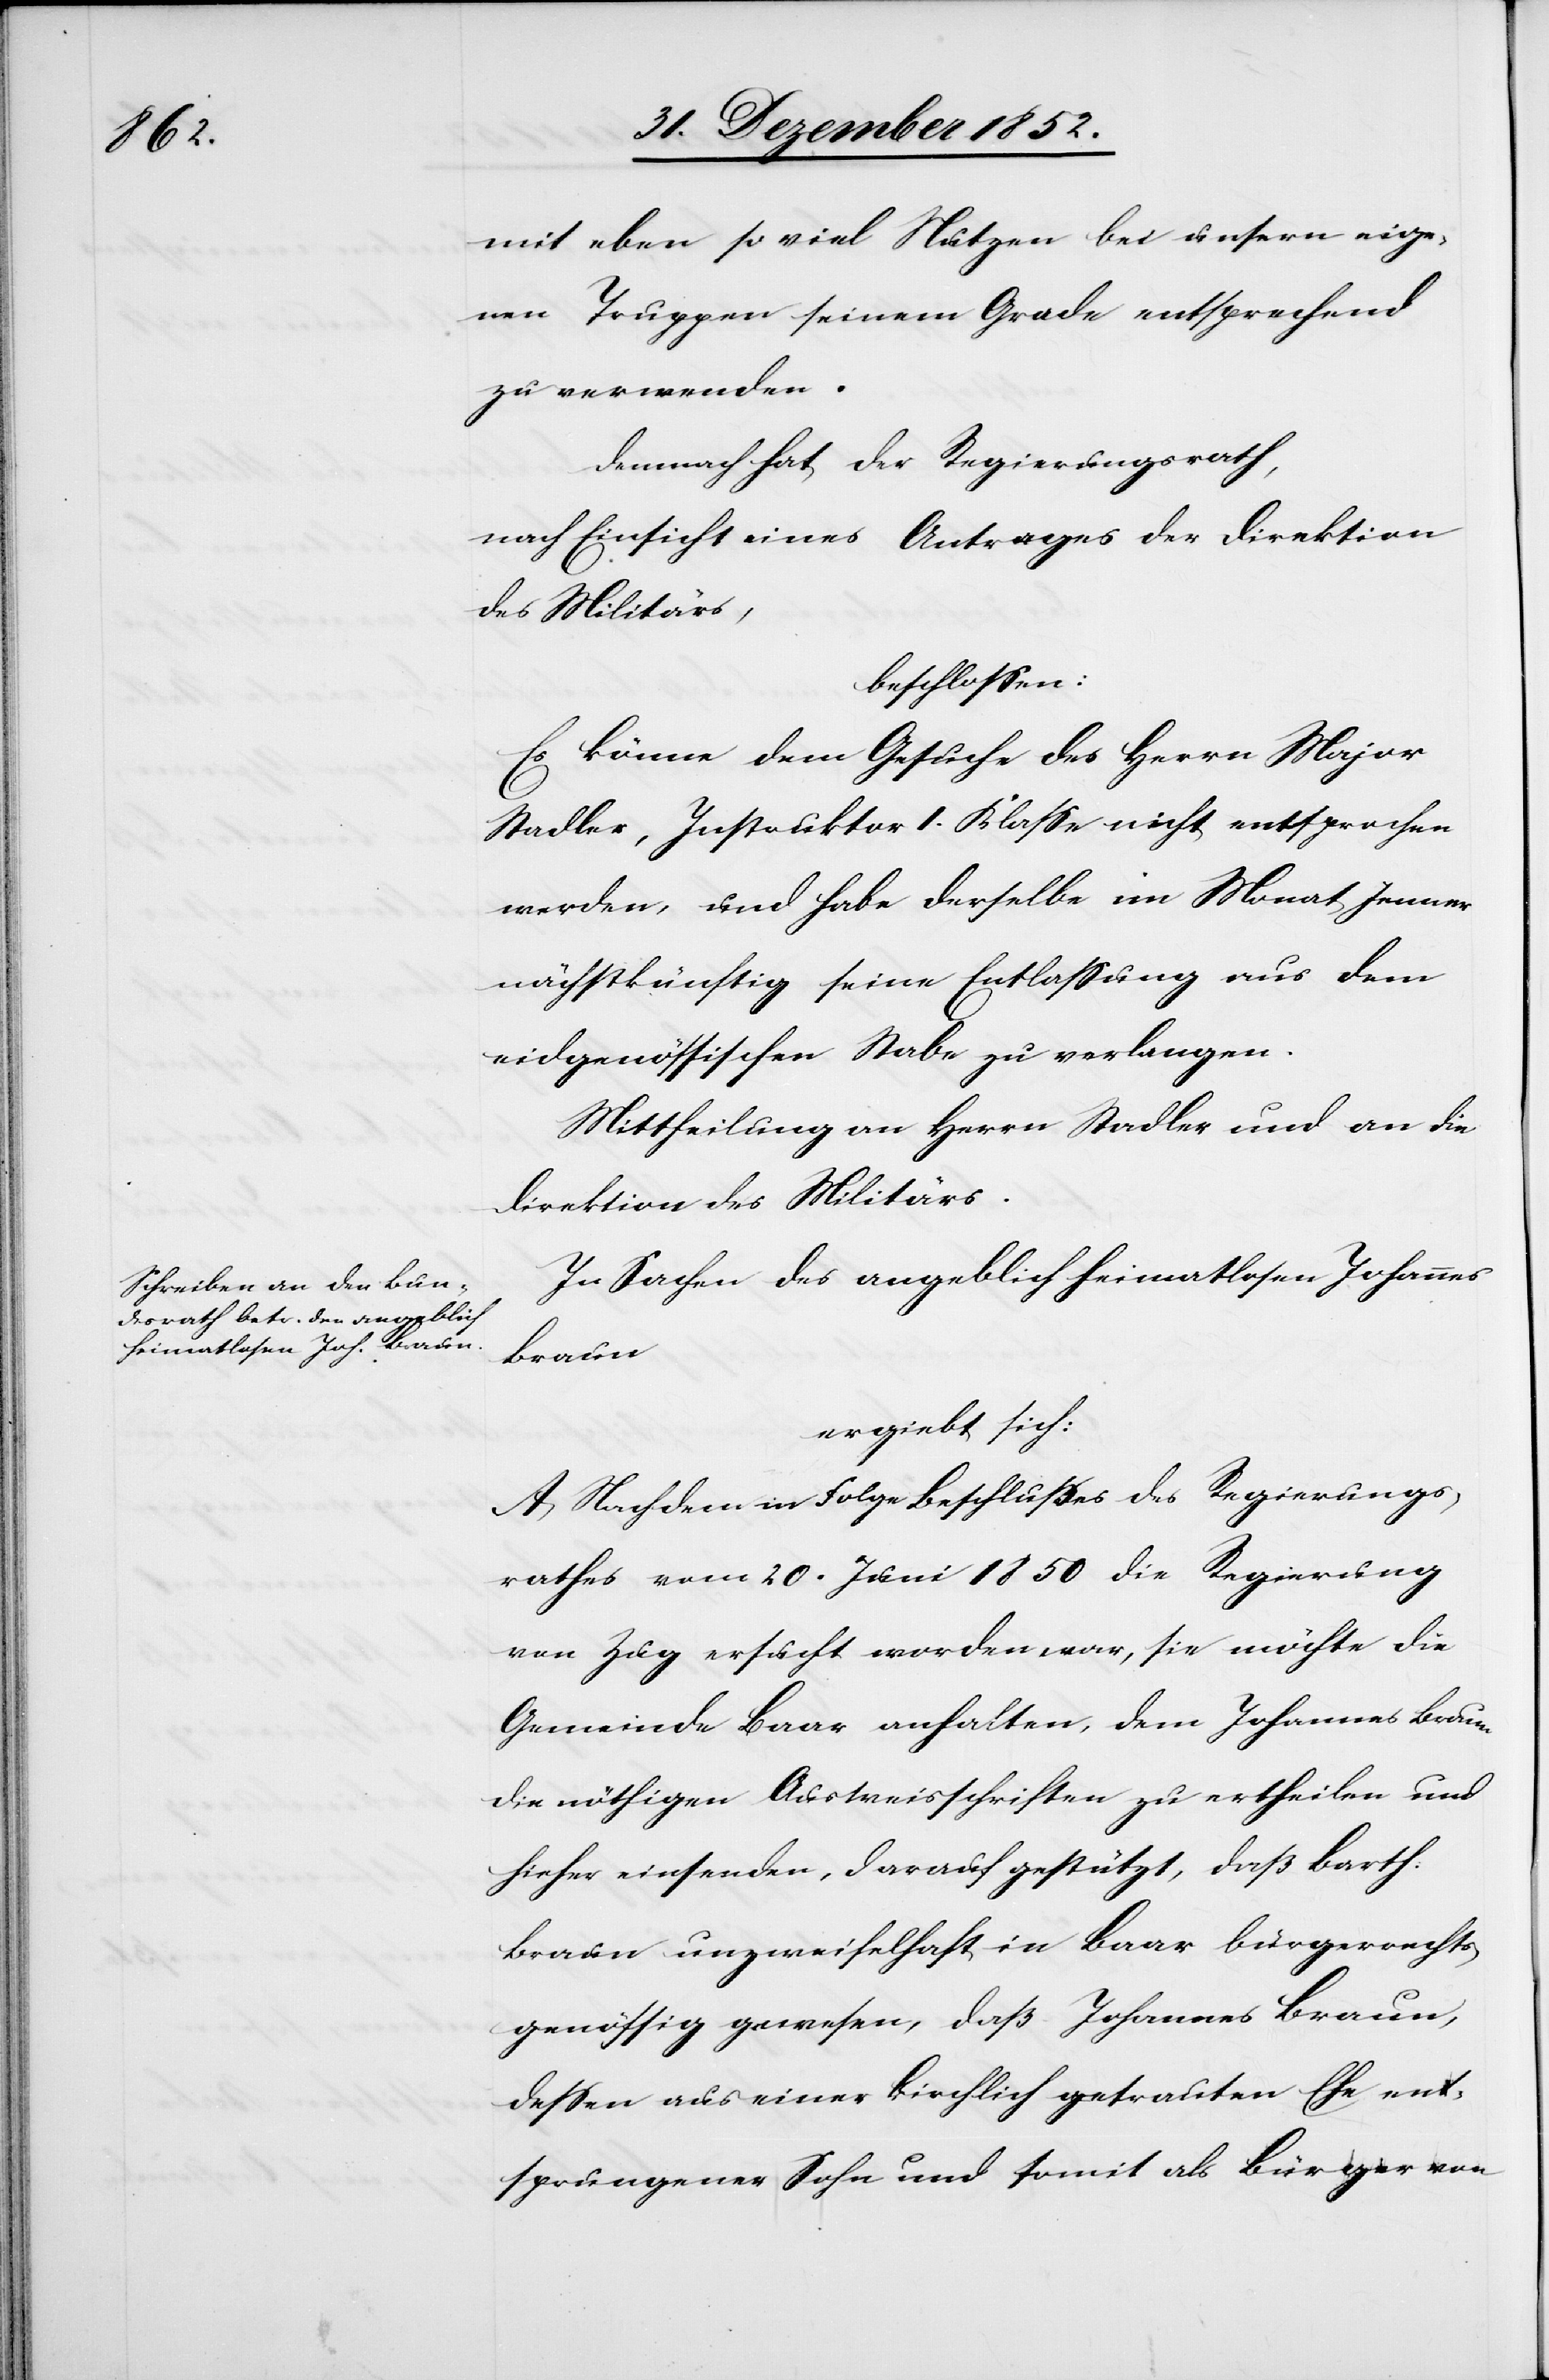
mit eben so viel Nutzen bei unsern eige¬
nen Truppen seinem Grade entsprechend
zu verwenden.
Demnach hat der Regierungsrath,
nach Einsicht eines Antrages der Direktion
des Militärs,
beschlossen:
Es könne dem Gesuche des Herrn Major
Stadler, Instruktor 1. Klasse nicht entsprochen
werden, und habe derselbe im Monat Jenner
nächstkünftig seine Entlassung aus dem
eidgenössischen Stabe zu verlangen.
Mittheilung an Herrn Stadler und an die
Direktion des Militärs.
In Sachen des angeblich heimatlosen Johannes
Braun
ergiebt sich:
A, Nachdem in Folge Beschlusses des Regierungs¬
rathes vom 20. Juni 1850 die Regierung
von Zug ersucht worden war, sie möchte die
Gemeinde Baar anhalten, dem Johannes Braun
die nöthigen Ausweisschriften zu ertheilen und
hieher einsenden, darauf gestützt, daß Barth.
Braun unzweifelhaft in Baar bürgerrechts¬
genössig gewesen, daß Johannes Braun,
dessen aus einer kirchlich getrauten Ehe ent¬
sprungener Sohn uns somit als Bürger von